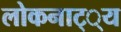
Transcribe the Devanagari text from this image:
लोकनाट््य